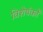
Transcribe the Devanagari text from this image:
विशेषंकों